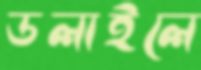
ডলাইলে